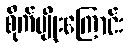
စိုက်ပျိုးကြောင်း